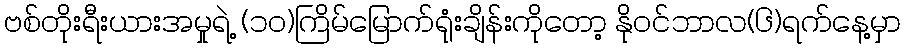
ဗစ်တိုးရီးယားအမှုရဲ့ (၁၀)ကြိမ်မြောက်ရုံးချိန်းကိုတော့ နိုဝင်ဘာလ(၆)ရက်နေ့မှာ